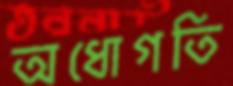
অধোগতি